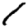
Digit: 1